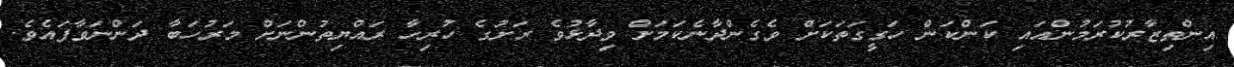
އިންތިޒާރުކުރަމުންއައި ކަންކަން ހަގީގަތަކަށް ވެގެންދާނެކަމަށް ވިދާޅުވެ ރަށުގެ ހުރިހާ ރައްޔިތުންނަށް މަރުހަބާ ދަންނަވާފައެވެ.